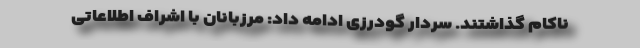
ناکام گذاشتند. سردار گودرزی ادامه داد: مرزبانان با اشراف اطلاعاتی